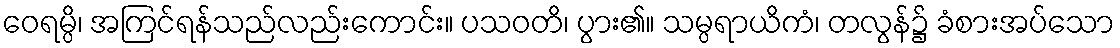
ဝေရမ္ပိ၊ အကြင်ရန်သည်လည်းကောင်း။ ပသဝတိ၊ ပွား၏။ သမ္ပရာယိကံ၊ တလွန်၌ ခံစားအပ်သော